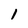
Character: 1